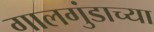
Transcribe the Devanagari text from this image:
गालगुंडाच्या